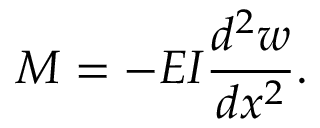
M = - E I { \frac { d ^ { 2 } w } { d x ^ { 2 } } } .